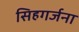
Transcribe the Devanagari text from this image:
सिहगर्जना